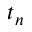
t _ { n }